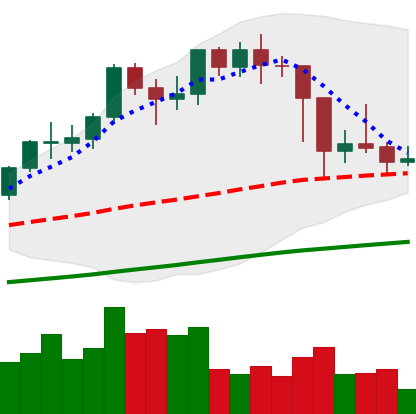
Ticker: LTC-USD
Chart end date: 2021-02-27
Forward return: 5.217%
Label: up_5_7